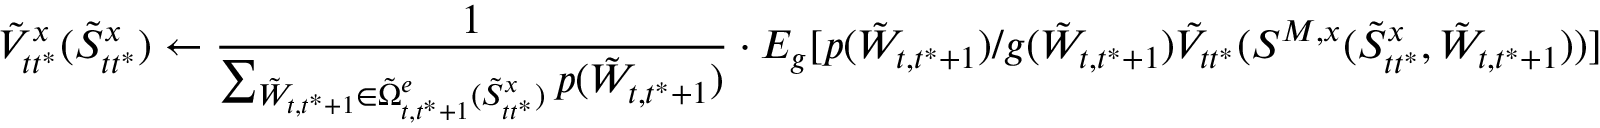
\tilde { V } _ { t t ^ { * } } ^ { x } ( \tilde { S } _ { t t ^ { * } } ^ { x } ) \leftarrow \frac { 1 } { \sum _ { \tilde { W } _ { t , t ^ { * } + 1 } \in \tilde { \Omega } _ { t , t ^ { * } + 1 } ^ { e } ( \tilde { S } _ { t t ^ { * } } ^ { x } ) } p ( \tilde { W } _ { t , t ^ { * } + 1 } ) } \cdot E _ { g } [ p ( \tilde { W } _ { t , t ^ { * } + 1 } ) / g ( \tilde { W } _ { t , t ^ { * } + 1 } ) \tilde { V } _ { t t ^ { * } } ( S ^ { M , x } ( \tilde { S } _ { t t ^ { * } } ^ { x } , { \tilde { W } _ { t , t ^ { * } + 1 } } ) ) ]